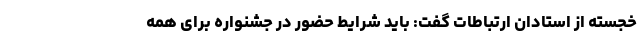
خجسته از استادان ارتباطات گفت: باید شرایط حضور در جشنواره برای همه